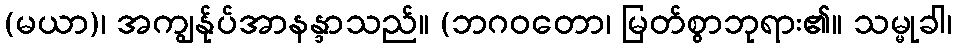
(မယာ)၊ အကျွန်ုပ်အာနန္ဒာသည်။ (ဘဂဝတော၊ မြတ်စွာဘုရား၏။ သမ္မုခါ၊